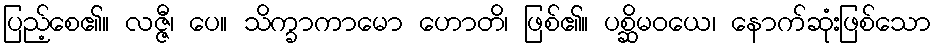
ပြည့်စေ၏။ လဇ္ဇီ၊ ပေ။ သိက္ခာကာမော ဟောတိ၊ ဖြစ်၏။ ပစ္ဆိမဝယေ၊ နောက်ဆုံးဖြစ်သော